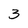
Character: 3